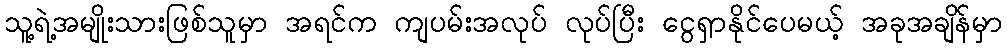
သူ့ရဲ့အမျိုးသားဖြစ်သူမှာ အရင်က ကျပမ်းအလုပ် လုပ်ပြီး ငွေရှာနိုင်ပေမယ့် အခုအချိန်မှာ